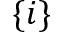
\{ i \}